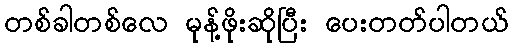
တစ်ခါတစ်လေ မုန့်ဖိုးဆိုပြီး ပေးတတ်ပါတယ်